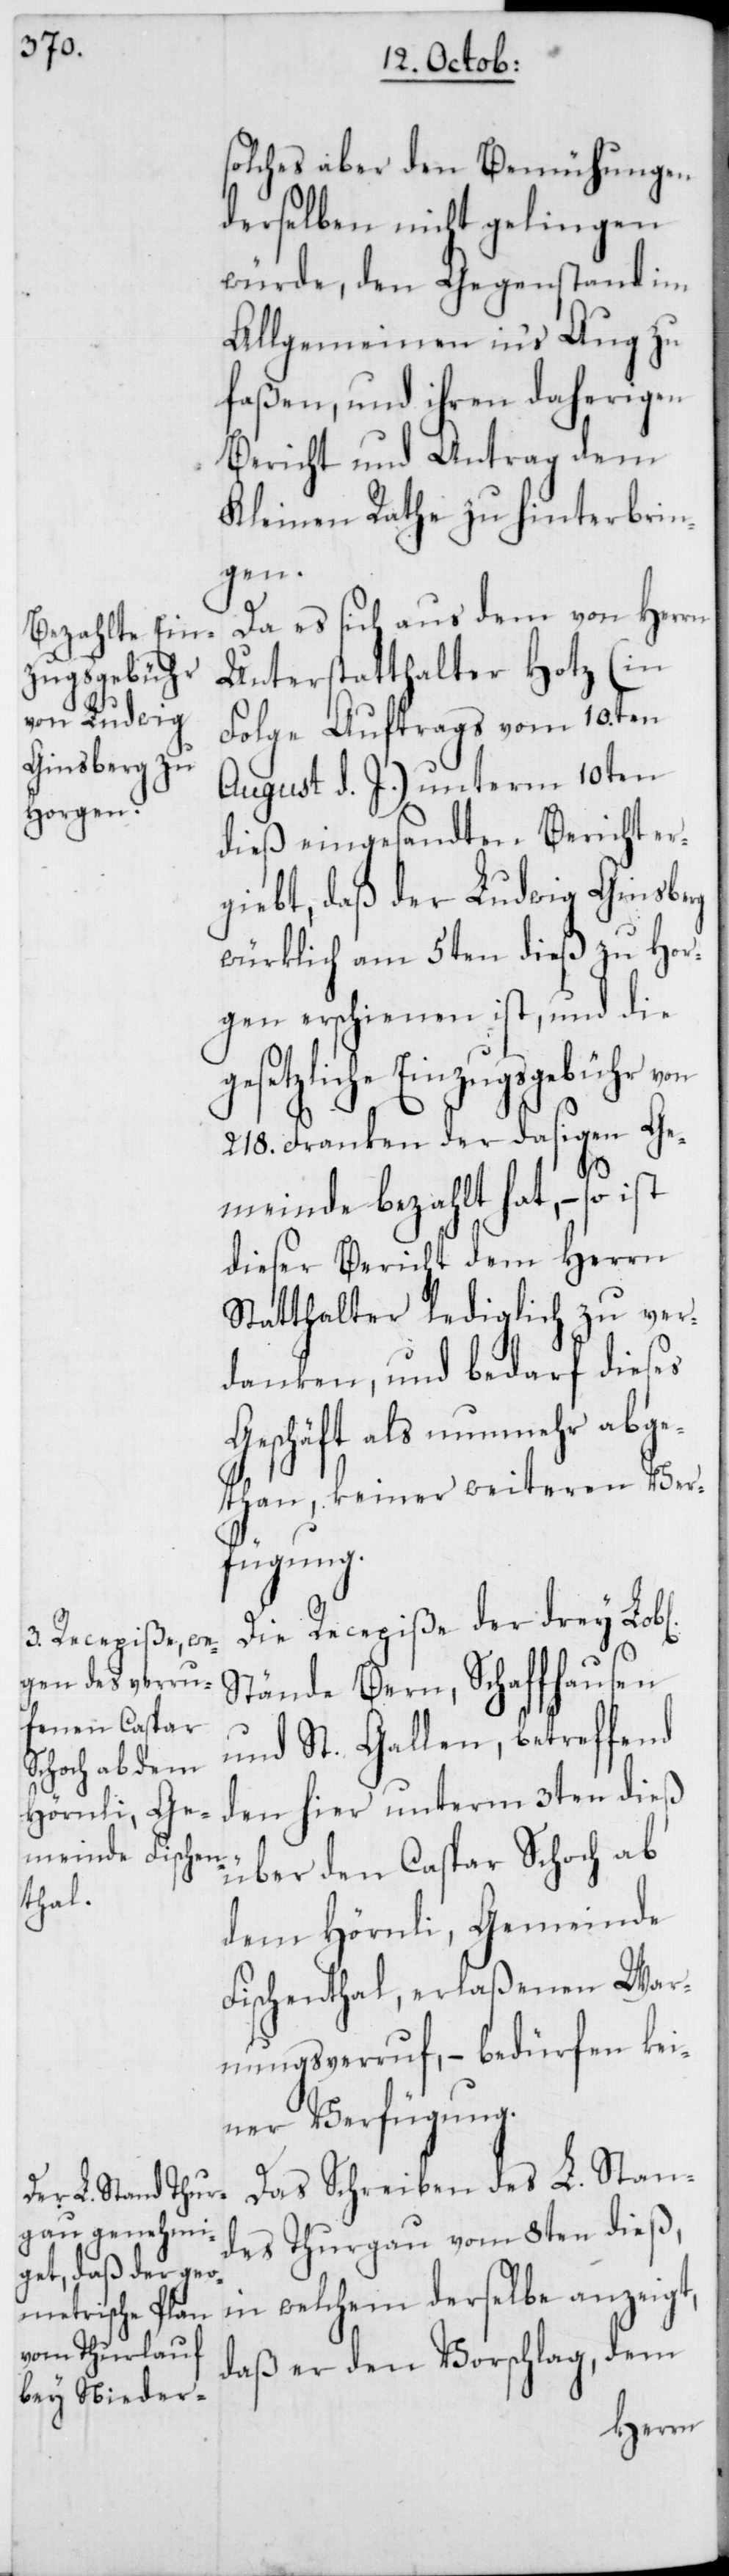
b[lichen]

solches aber den Bemühungen
derselben nicht gelingen
würde, den Gegenstand im
Allgemeinen in‘s Aug zu
faßen, und ihren daherigen
Bericht und Antrag dem
Kleinen Rathe zu hinterbrin¬
gen.
Da es sich aus dem von Herrn
Unterstatthalter Hotz (in
Folge Auftrags vom 10.ten
August d. J.) unterm 10ten
dieß eingesandten Bericht er¬
giebt, daß der Ludwig Ginsberg
würklich am 5ten dieß zu Hor¬
gen erschienen ist, und die
gesetzliche Einzugsgebühr von
218. Franken der dasigen Ge¬
meinde bezahlt hat, – so ist
dieser Bericht dem Herrn
Statthalter lediglich zu ver¬
danken, und bedarf dieses
Geschäft als nunmehr abge¬
than, keiner weiteren Ver¬
fügung.
Die Recepiße der drey Lo¬
Stände Bern, Schaffhausen
und St. Gallen, betreffend
den hier unterm 3ten dieß
über den Caspar Schoch ab
dem Hörnli, Gemeinde
Fischenthal, erlaßenen War¬
nungsverruf, – bedürfen kei¬
ner Verfügung.
Das Schreiben des L. Stan¬
des Thurgau vom 8ten dieß,
in welchem derselbe anzeigt,
daß er den Vorschlag, dem